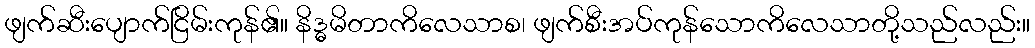
ဖျက်ဆီးပျောက်ငြိမ်းကုန်၏။ နိဒ္ဓမိတာကိလေသာစ၊ ဖျက်စီးအပ်ကုန်သောကိလေသာတို့သည်လည်း။